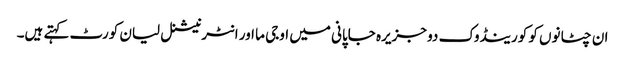
ان چٹانوں کو کورینڈوک دو جزیرہ جاپانی میں اوجی ما اور انٹرنیشنل لیان کورٹ کہتے ہیں۔